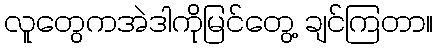
လူတွေကအဲဒါကိုမြင်တွေ့ ချင်ကြတာ။